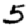
Digit: 5